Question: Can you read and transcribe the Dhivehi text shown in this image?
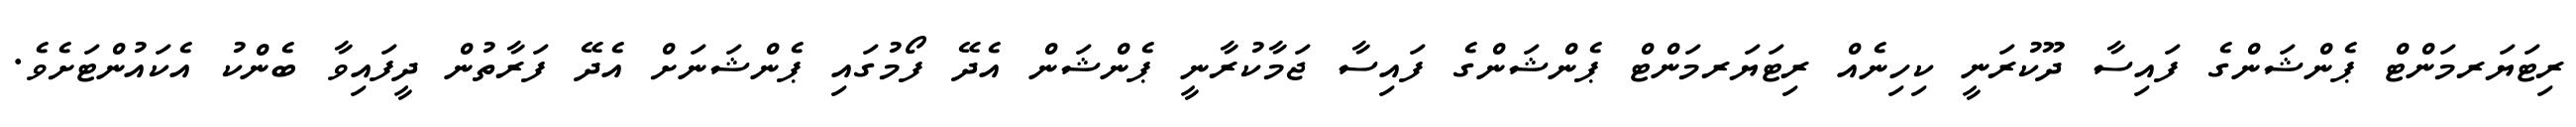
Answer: ރިޓަޔަރމަންޓް ޕެންޝަންގެ ފައިސާ ދޫކުރަނީ ކިހިނެއް ރިޓަޔަރމަންޓް ޕެންޝަންގެ ފައިސާ ޖަމާކުރާނީ ޕެންޝަން އެދޭ ފޯމުގައި ޕެންޝަނަށް އެދޭ ފަރާތުން ދީފައިވާ ބެންކު އެކައުންޓަށެވެ.